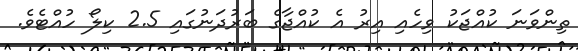
ތިންވަނަ ކުއްޖަކު ވިހެއި އިރު އެ ކުއްޖާގެ ބަރުދަނުގައި 2.5 ކިލޯ ހުއްޓެވެ.